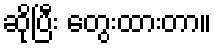
ဆိုပြီး တွေးထားတာ။